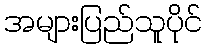
အများပြည်သူပိုင်